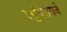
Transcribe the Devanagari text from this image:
वसुंधराराजे